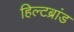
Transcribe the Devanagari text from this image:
हिल्टब्रांड